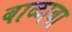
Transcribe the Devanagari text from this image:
बाळाबा